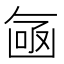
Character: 𠚗